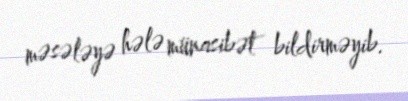
məsələyə hələ münasibət bildirməyib.